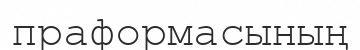
праформасының